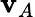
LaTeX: \mathbf{v}_{A}